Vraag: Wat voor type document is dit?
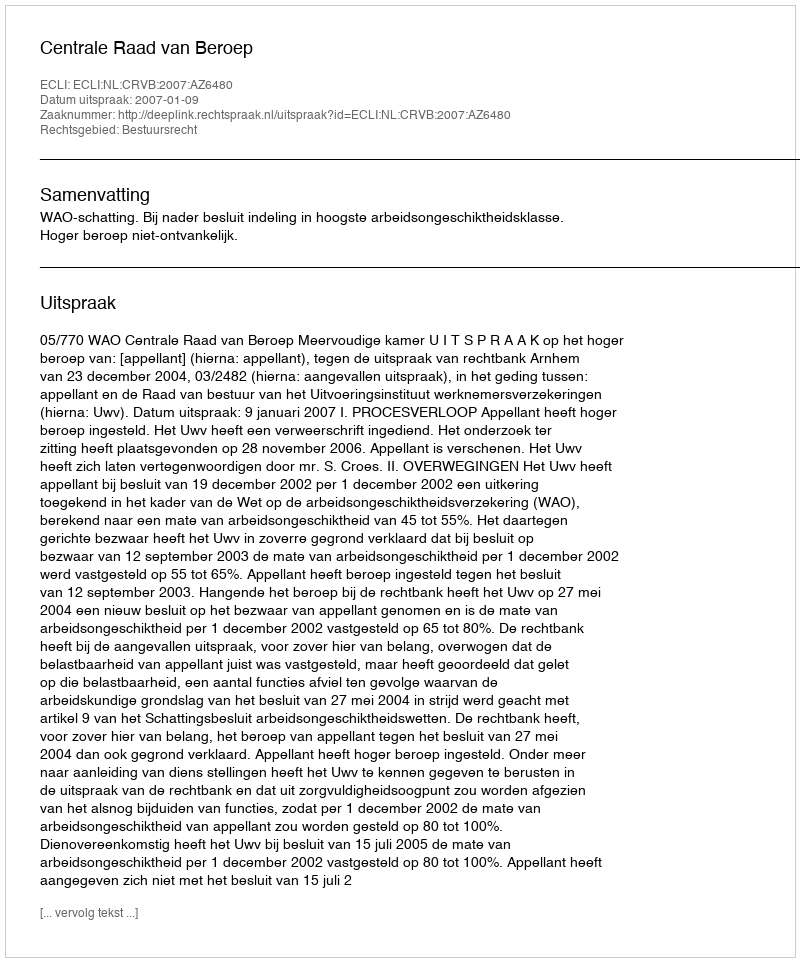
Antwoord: Uitspraak